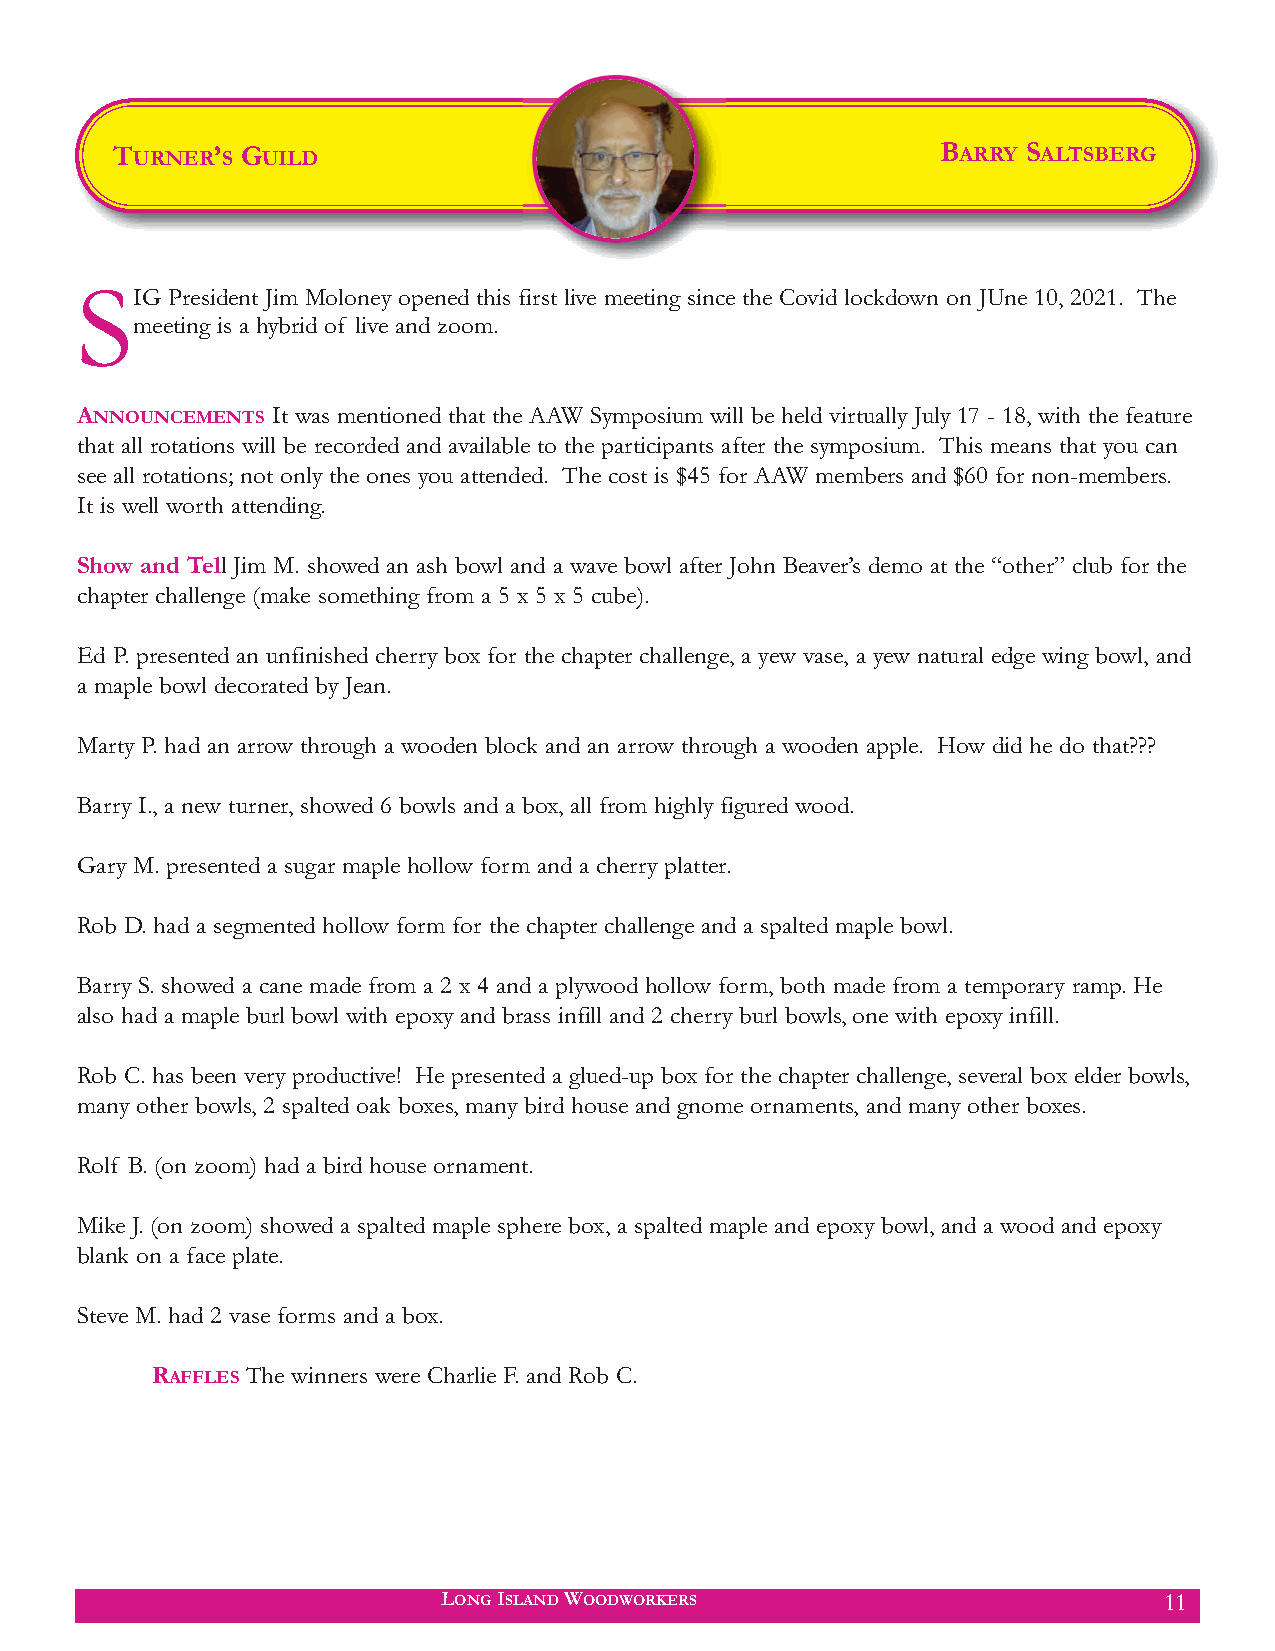
TURNER’S GUILD                                         BARRY SALTSBERG
 S
 IG President Jim Moloney opened this first live meeting since the Covid lockdown on JUne 10, 2021. The
 meeting is a hybrid of live and zoom.
 ANNOUNCEMENTS It was mentioned that the AAW Symposium will be held virtually July 17 - 18, with the feature
 that all rotations will be recorded and available to the participants after the symposium. This means that you can
 see all rotations; not only the ones you attended. The cost is $45 for AAW members and $60 for non-members.
 It is well worth attending.
 Show and Tell Jim M. showed an ash bowl and a wave bowl after John Beaver’s demo at the “other” club for the
 chapter challenge (make something from a 5 x 5 x 5 cube).
 Ed P. presented an unfinished cherry box for the chapter challenge, a yew vase, a yew natural edge wing bowl, and
 a maple bowl decorated by Jean.
 Marty P. had an arrow through a wooden block and an arrow through a wooden apple. How did he do that???
 Barry I., a new turner, showed 6 bowls and a box, all from highly figured wood.
 Gary M. presented a sugar maple hollow form and a cherry platter.
 Rob D. had a segmented hollow form for the chapter challenge and a spalted maple bowl.
 Barry S. showed a cane made from a 2 x 4 and a plywood hollow form, both made from a temporary ramp. He
 also had a maple burl bowl with epoxy and brass infill and 2 cherry burl bowls, one with epoxy infill.
 Rob C. has been very productive! He presented a glued-up box for the chapter challenge, several box elder bowls,
 many other bowls, 2 spalted oak boxes, many bird house and gnome ornaments, and many other boxes.
 Rolf B. (on zoom) had a bird house ornament.
 Mike J. (on zoom) showed a spalted maple sphere box, a spalted maple and epoxy bowl, and a wood and epoxy
 blank on a face plate.
 Steve M. had 2 vase forms and a box.
 RAFFLES The winners were Charlie F. and Rob C.
 LONG ISLAND WOODWORKERS                         11